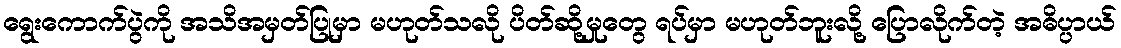
ရွေးကောက်ပွဲကို အသိအမှတ်ပြုမှာ မဟုတ်သလို ပိတ်ဆို့မှုတွေ ရပ်မှာ မဟုတ်ဘူးလို့ ပြောလိုက်တဲ့ အဓိပ္ပာယ်